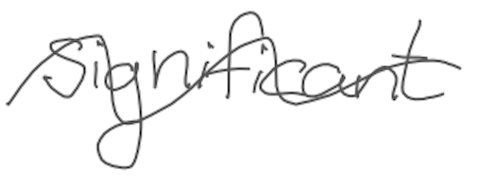
Text: significant
Cross-out: wave
Writing tool: digital_gray